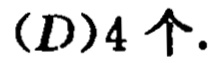
$(D)4\text{ 个}.$